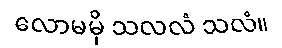
လောမမှိ သလလံ သလံ။